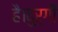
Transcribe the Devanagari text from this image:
है।दुर्गी